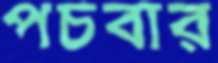
পচবার